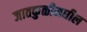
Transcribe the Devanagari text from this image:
जातकुळीमधील